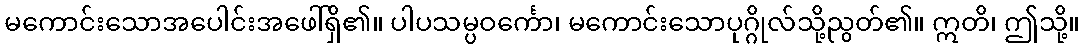
မကောင်းသောအပေါင်းအဖေါ်ရှိ၏။ ပါပသမ္ပဝင်္ကော၊ မကောင်းသောပုဂ္ဂိုလ်သို့ညွတ်၏။ ဣတိ၊ ဤသို့။